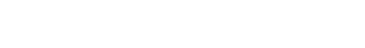
ပြင်သစ်စာ သင်ဖို့လည်း စီစဉ်ပေးလိုက်တယ်။